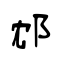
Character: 邥